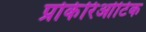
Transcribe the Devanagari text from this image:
प्रोकेरिओटिक